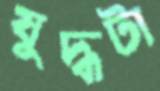
যুদ্ধটা